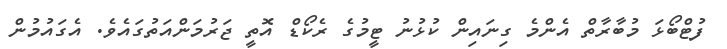
ފުޓްބޯޅަ މުބާރާތް އެންމެ ގިނައިން ކުޅުނު ޓީމުގެ ރެކޯޑް އޮތީ ޖަރުމަންއަތުގައެވެ. އެގައުމުން